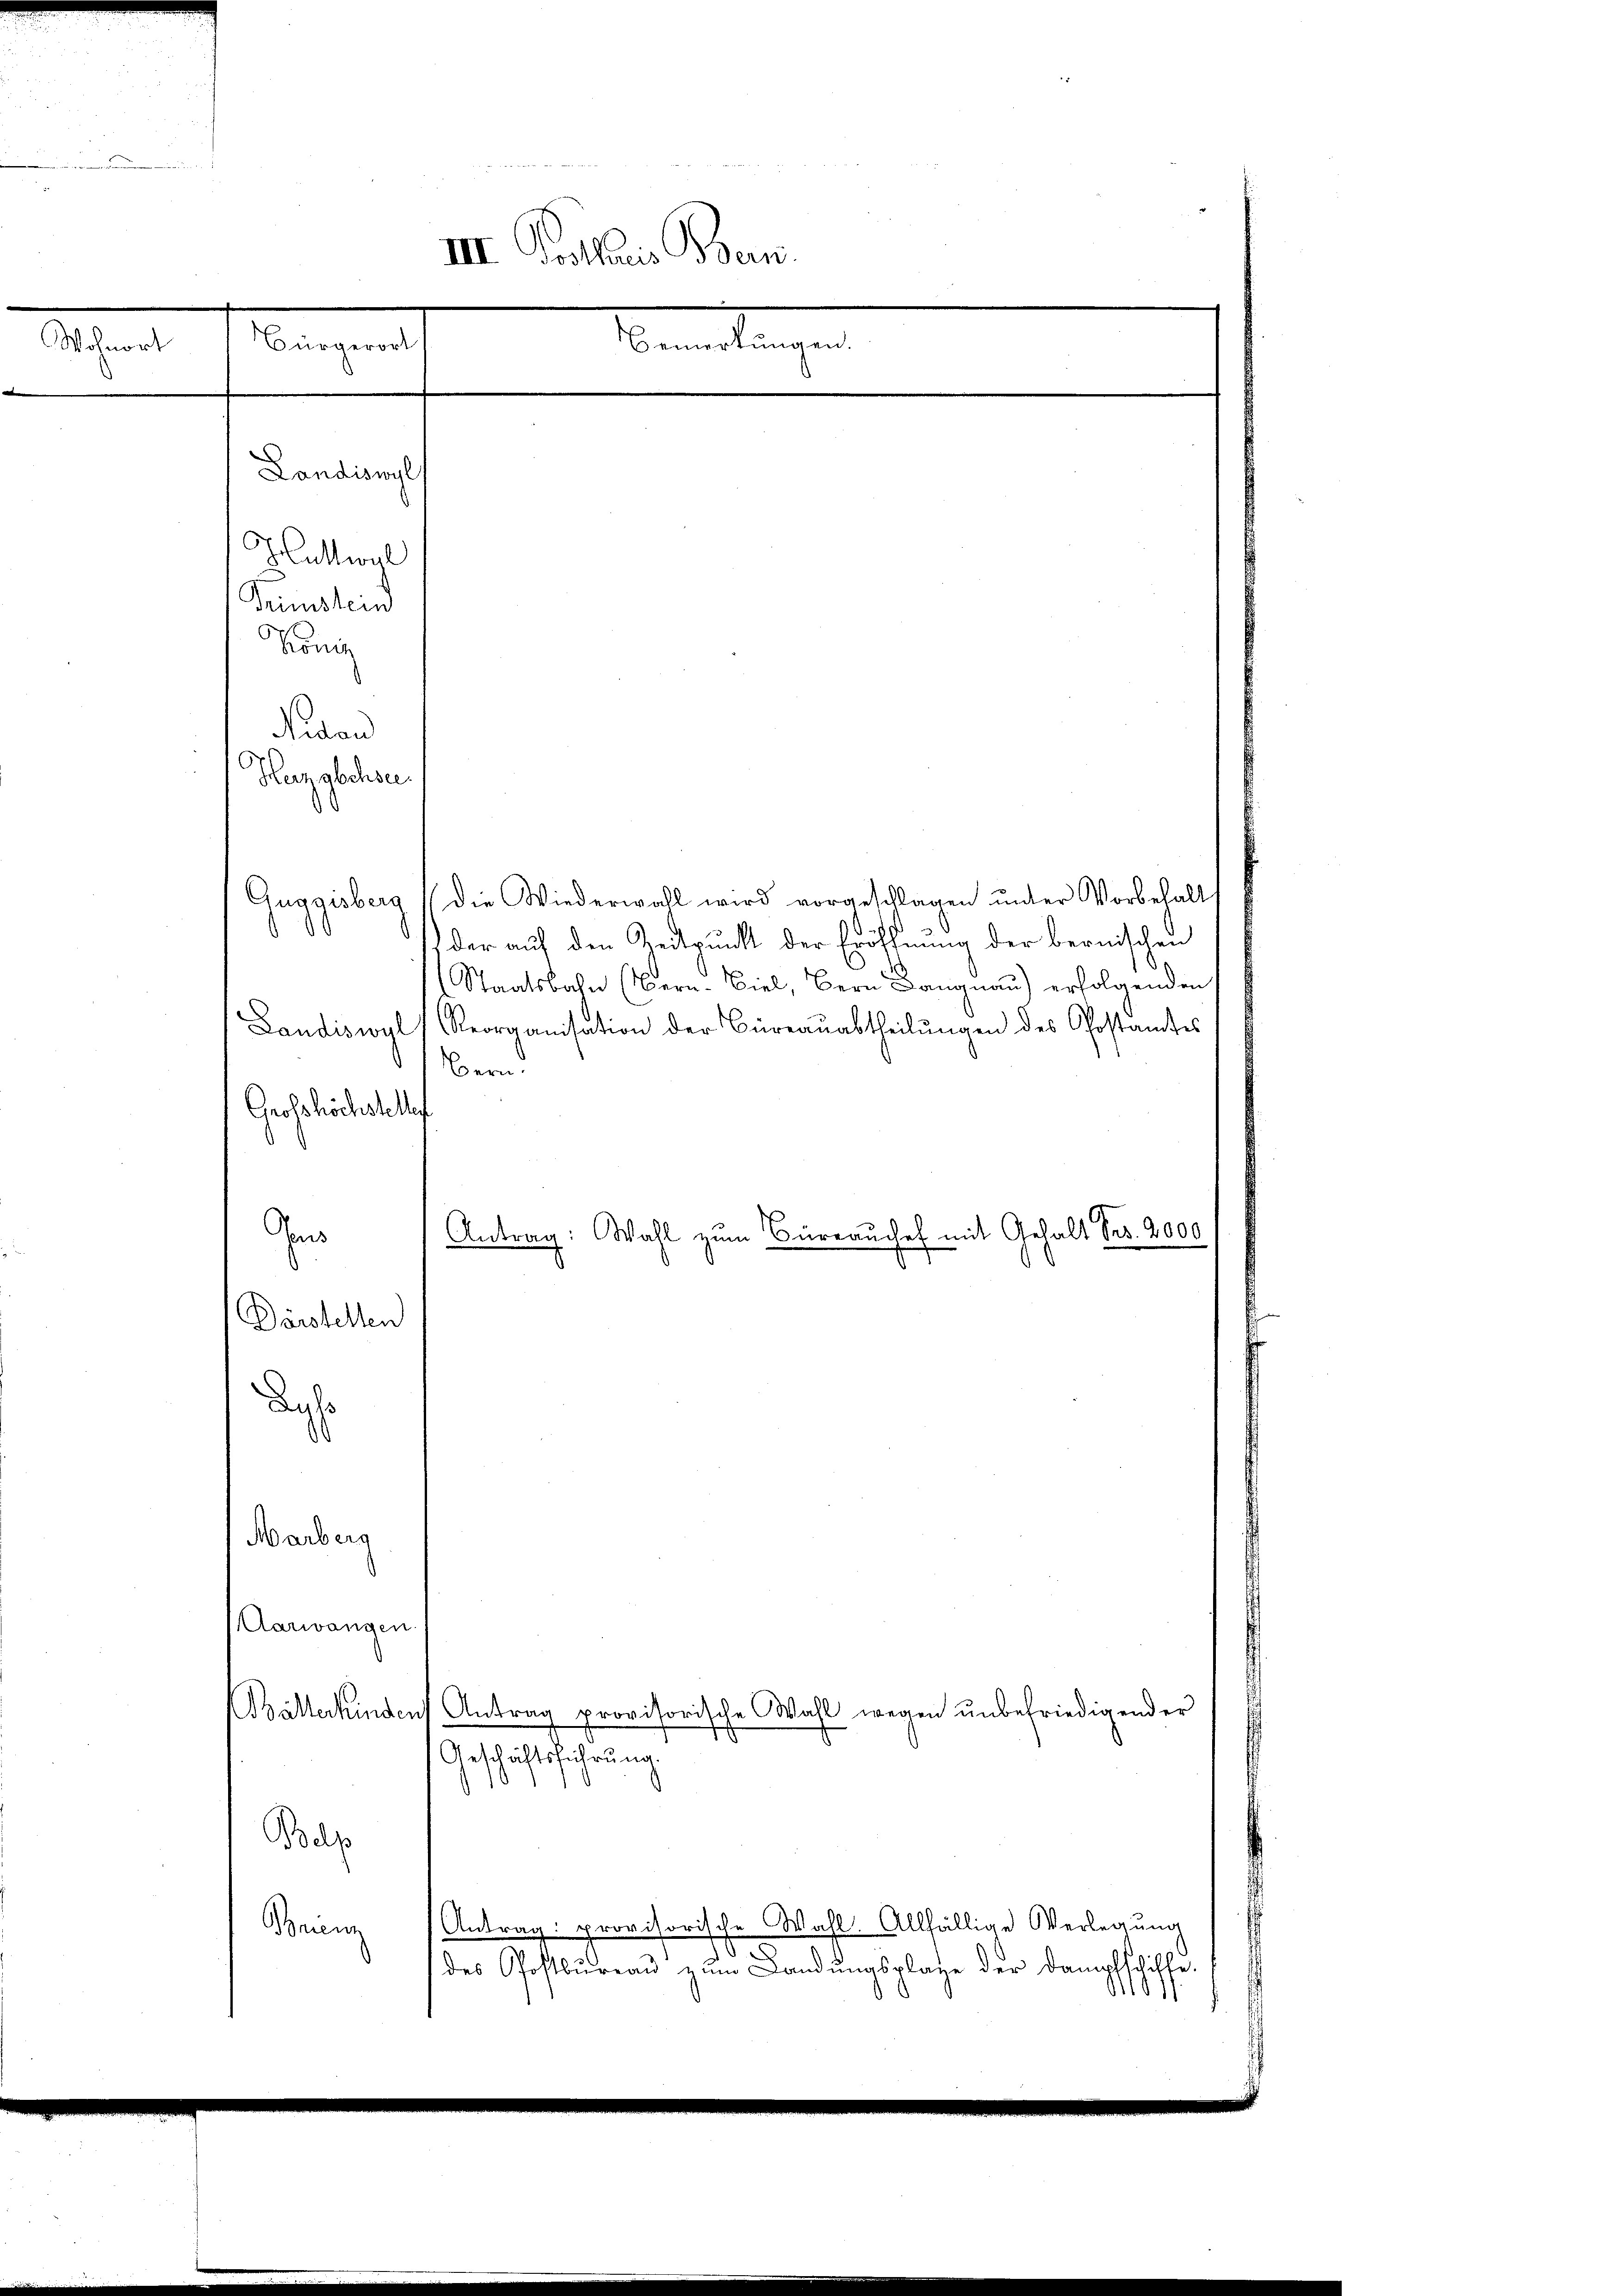
Sen

III. Prothaus Bern.
Bemerkungen
Bürgerort

G
Hattwyl
Trinistein
König

Nitan
Huzgbchsee.
Guggisberg (die Wiederwall wird vorgeschlagen unter Vorbehalt
der auf den Zeitpunkt der Eröffnung der bernischen
Staatsbahn (Bern. Biel, Bern Langnau) erfolgenden
Landiswyl (Reorganisation der Büreauabtheilungen des Postamtes
Bern.
Grosshöchstelles
Ge
Antrag: Wahl zum Büreaŭchef mit Gehalt Fr. 2000
Dörstellen
ch
Marberg
d
Aarwangen
Bälterkinden Antrag provisorische Wahl wegen ŭnbefriedigender
Geschäftsführung
Belp
Antrag: provisorische Wahl. Allfällige Verlegŭng
Brenn
.
des Postbureau zum Landungsplage der Dampfschiffe.
1191.

Landiswyl,